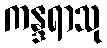
ကန္ဒရာသု